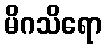
မိဂသိရော